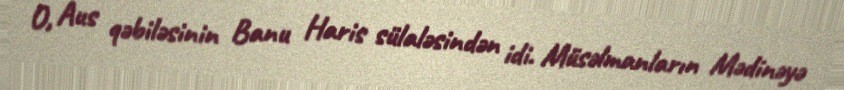
O, Aus qəbiləsinin Banu Haris sülaləsindən idi. Müsəlmanların Mədinəyə